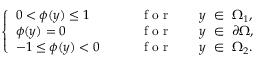
\left\{ \begin{array} { l l } { 0 < \phi ( { y } ) \leq 1 \qquad } & { \mathrm { ~ f ~ o ~ r ~ } \qquad { y } \, \, \in \, \, \Omega _ { 1 } , } \\ { \phi ( { y } ) = 0 } & { \mathrm { ~ f ~ o ~ r ~ } \qquad { y } \, \, \in \, \, \partial \Omega , } \\ { - 1 \leq \phi ( { y } ) < 0 \qquad } & { \mathrm { ~ f ~ o ~ r ~ } \qquad { y } \, \, \in \, \, \Omega _ { 2 } . } \end{array} \right.